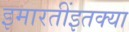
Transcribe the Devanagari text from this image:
इमारतींइतक्या